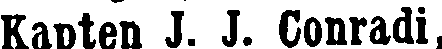
Kapten J. J. Conradi,